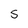
Character: 5